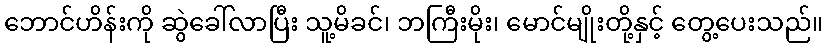
ဘောင်ဟိန်းကို ဆွဲခေါ်လာပြီး သူ့မိခင်၊ ဘကြီးမိုး၊ မောင်မျိုးတို့နှင့် တွေ့ပေးသည်။